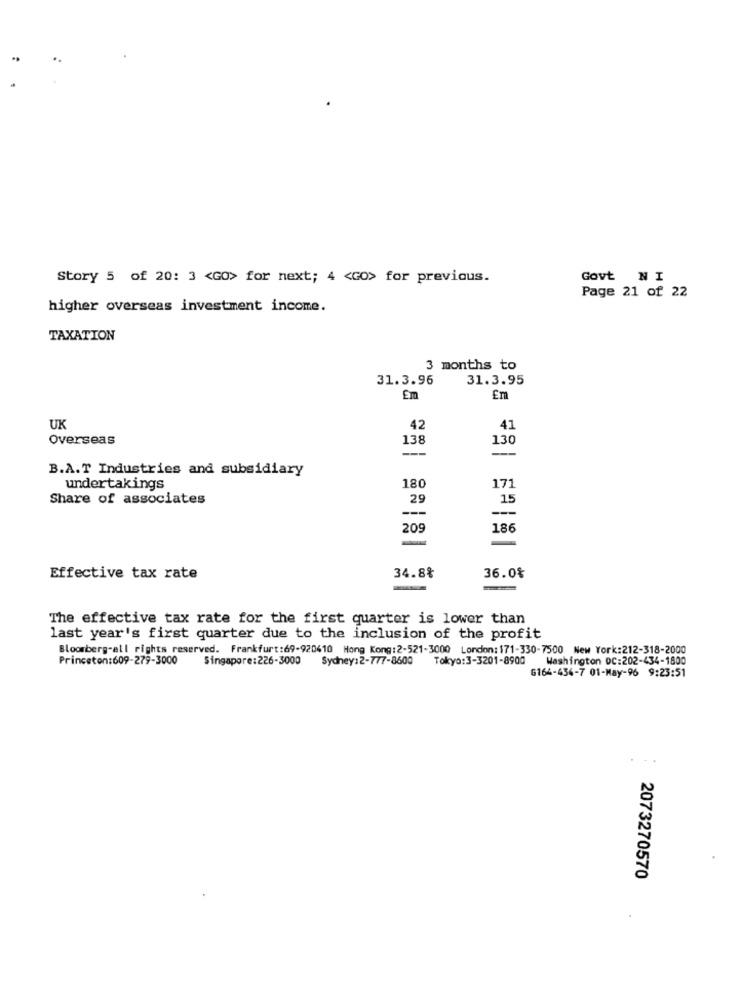
Story 5 of 20: 3 <GO> for next; 4 <Go> for previous.
Govt NI
Page 21 of 22
higher overseas investment income.
TAXATION
3 months to
31.3.96
31.3.95
Em
Em
UK
42
41
Overseas
138
130
--
-
B.A.T Industries and subsidiary
undertakings
180
171
Share of associates
29
15
-
---
209
186
34.8%
Effective tax rate
36.0%
The effective tax rate for the first quarter is lower than
last year's first quarter due to the inclusion of the profit
Bloomberg-all rights reserved. Frankfurt:69-920410 Hong Kong:2-521-3000 London: 171-330-7500 New York:212-318-2000
Princeton:609-279-3000
Singapore:226-3000 Sydney:2-777-8600 Tokyo:3-3201-8900
Washington DC:202-434-1800
6164-434-7 01-May-96 9:23:51
2073270570